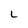
Character: L